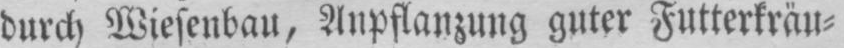
durch Wiesenbau, Anpflanzung guter Futterkräu⸗